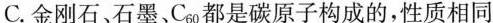
C.金刚石、石墨、C_{60}都是碳原子构成的，性质相同